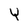
Character: Y